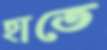
হাতে